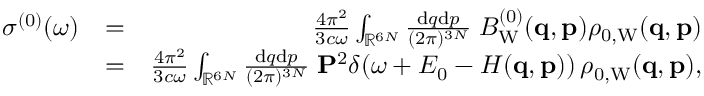
\begin{array} { r l r } { \sigma ^ { ( 0 ) } ( \omega ) } & { = } & { \frac { 4 \pi ^ { 2 } } { 3 c \omega } \int _ { \mathbb { R } ^ { 6 N } } \frac { \ensuremath { \mathrm { d } } \b { q } \ensuremath { \mathrm { d } } \b { p } } { ( 2 \pi ) ^ { 3 N } } \; B _ { \mathrm { W } } ^ { ( 0 ) } ( \ensuremath { \mathbf { q } } , \ensuremath { \mathbf { p } } ) \rho _ { 0 , \mathrm { W } } ( \ensuremath { \mathbf { q } } , \ensuremath { \mathbf { p } } ) } \\ & { = } & { \frac { 4 \pi ^ { 2 } } { 3 c \omega } \int _ { \mathbb { R } ^ { 6 N } } \frac { \ensuremath { \mathrm { d } } \b { q } \ensuremath { \mathrm { d } } \b { p } } { ( 2 \pi ) ^ { 3 N } } \; \ensuremath { \mathbf { P } } ^ { 2 } \delta \! \left( \omega + E _ { 0 } - H ( \ensuremath { \mathbf { q } } , \ensuremath { \mathbf { p } } ) \right) \rho _ { 0 , \mathrm { W } } ( \ensuremath { \mathbf { q } } , \ensuremath { \mathbf { p } } ) , } \end{array}